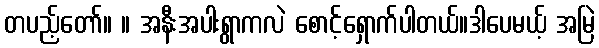
တပည့်တော်။ ။ အနီးအပါးရွာကလဲ စောင့်ရှောက်ပါတယ်။ဒါပေမယ့် အမြဲ